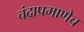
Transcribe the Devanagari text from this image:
चंद्राप्रमाणेच